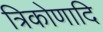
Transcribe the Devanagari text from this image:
त्रिकोणादि